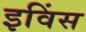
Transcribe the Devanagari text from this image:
इविंस